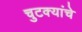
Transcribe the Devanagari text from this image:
चुटक्यांचे